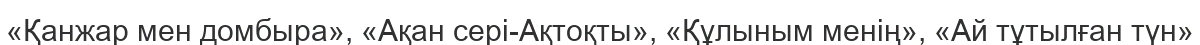
«Қанжар мен домбыра», «Ақан сері-Ақтоқты», «Құлыным менің», «Ай тұтылған түн»